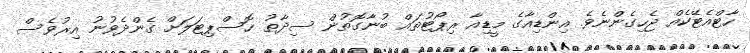
ހާޓްއެޓޭކެއް ޖެހިގެންނެވެ. އިންޑިއާގެ މީޑިއާ ރިޕޯޓުތައް ބުނާގޮތުން ސިދާތު ހޮސްޕިޓަލަށް ގެންދެވުނު އިރުވެސް